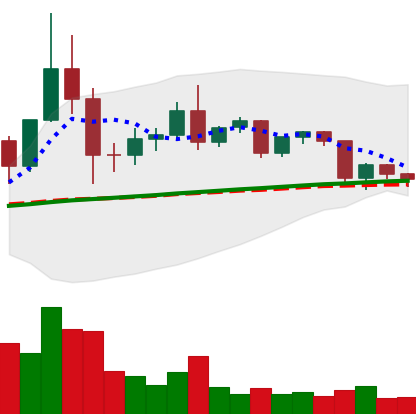
Ticker: TRX-USD
Chart end date: 2020-12-11
Forward return: 12.067%
Label: up_7plus